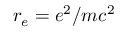
r _ { e } = e ^ { 2 } / m c ^ { 2 }